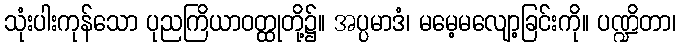
သုံးပါးကုန်သော ပုညကြိယာဝတ္ထုတို့၌။ အပ္ပမာဒံ၊ မမေ့မလျော့ခြင်းကို။ ပဏ္ဍိတာ၊